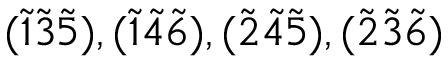
( \tilde { 1 } \tilde { 3 } \tilde { 5 } ) , ( \tilde { 1 } \tilde { 4 } \tilde { 6 } ) , ( \tilde { 2 } \tilde { 4 } \tilde { 5 } ) , ( \tilde { 2 } \tilde { 3 } \tilde { 6 } )